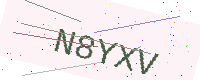
Text: N8YXV